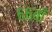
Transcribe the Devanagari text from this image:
६६वाँ